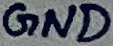
Text: GND